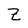
Character: Z